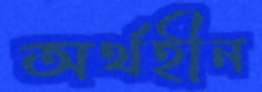
অর্থহীন